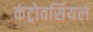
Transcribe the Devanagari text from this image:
कंट्रोवर्सियल